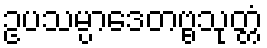
ဥပသမ္ပာဒေတဗ္ဗသုတ္တံ